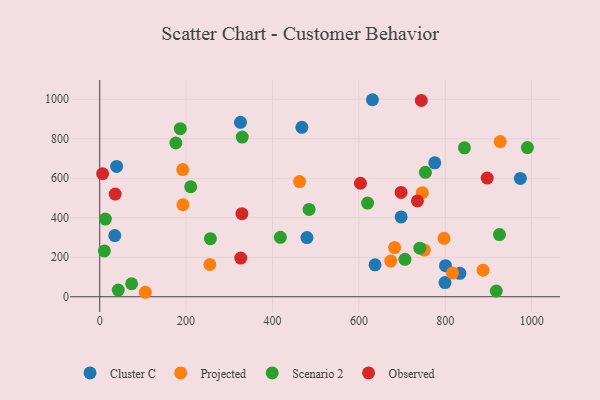
{"axis": {"x": "Price", "y": "Profit"}, "legend": ["Cluster C", "Observed", "Projected", "Scenario 2"], "data": [{"x": "697.8", "y": 404.3, "type": "Cluster C"}, {"x": "799.4", "y": 71.6, "type": "Cluster C"}, {"x": "775.7", "y": 678.0, "type": "Cluster C"}, {"x": "833.9", "y": 118.4, "type": "Cluster C"}, {"x": "479.7", "y": 299.7, "type": "Cluster C"}, {"x": "973.9", "y": 599.3, "type": "Cluster C"}, {"x": "631.4", "y": 997.8, "type": "Cluster C"}, {"x": "34.9", "y": 309.6, "type": "Cluster C"}, {"x": "325.9", "y": 883.2, "type": "Cluster C"}, {"x": "637.4", "y": 161.7, "type": "Cluster C"}, {"x": "468.0", "y": 858.2, "type": "Cluster C"}, {"x": "800.5", "y": 157.3, "type": "Cluster C"}, {"x": "39.1", "y": 660.0, "type": "Cluster C"}, {"x": "105.5", "y": 22.6, "type": "Projected"}, {"x": "751.5", "y": 236.1, "type": "Projected"}, {"x": "887.5", "y": 134.6, "type": "Projected"}, {"x": "816.7", "y": 120.8, "type": "Projected"}, {"x": "797.1", "y": 295.7, "type": "Projected"}, {"x": "462.7", "y": 583.1, "type": "Projected"}, {"x": "682.7", "y": 249.2, "type": "Projected"}, {"x": "746.9", "y": 526.9, "type": "Projected"}, {"x": "927.2", "y": 785.7, "type": "Projected"}, {"x": "673.7", "y": 180.6, "type": "Projected"}, {"x": "192.6", "y": 465.9, "type": "Projected"}, {"x": "254.9", "y": 163.2, "type": "Projected"}, {"x": "192.1", "y": 644.2, "type": "Projected"}, {"x": "484.7", "y": 442.4, "type": "Scenario 2"}, {"x": "620.1", "y": 474.3, "type": "Scenario 2"}, {"x": "42.9", "y": 33.6, "type": "Scenario 2"}, {"x": "176.2", "y": 778.6, "type": "Scenario 2"}, {"x": "925.5", "y": 314.7, "type": "Scenario 2"}, {"x": "10.7", "y": 232.1, "type": "Scenario 2"}, {"x": "210.6", "y": 557.0, "type": "Scenario 2"}, {"x": "990.1", "y": 755.3, "type": "Scenario 2"}, {"x": "186.5", "y": 851.2, "type": "Scenario 2"}, {"x": "754.1", "y": 630.2, "type": "Scenario 2"}, {"x": "741.1", "y": 246.0, "type": "Scenario 2"}, {"x": "256.2", "y": 294.2, "type": "Scenario 2"}, {"x": "706.6", "y": 189.4, "type": "Scenario 2"}, {"x": "918.1", "y": 29.1, "type": "Scenario 2"}, {"x": "329.9", "y": 808.7, "type": "Scenario 2"}, {"x": "844.4", "y": 754.0, "type": "Scenario 2"}, {"x": "418.2", "y": 300.8, "type": "Scenario 2"}, {"x": "13.0", "y": 393.4, "type": "Scenario 2"}, {"x": "73.8", "y": 65.8, "type": "Scenario 2"}, {"x": "6.7", "y": 623.2, "type": "Observed"}, {"x": "35.8", "y": 520.1, "type": "Observed"}, {"x": "326.5", "y": 195.7, "type": "Observed"}, {"x": "697.7", "y": 528.4, "type": "Observed"}, {"x": "329.2", "y": 420.8, "type": "Observed"}, {"x": "735.6", "y": 485.5, "type": "Observed"}, {"x": "744.5", "y": 994.1, "type": "Observed"}, {"x": "897.1", "y": 600.9, "type": "Observed"}, {"x": "603.6", "y": 574.9, "type": "Observed"}]}